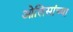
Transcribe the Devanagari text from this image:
ओलिसांच्या